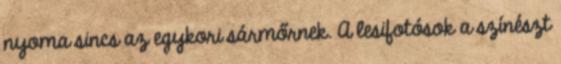
nyoma sincs az egykori sármőrnek. A lesifotósok a színészt